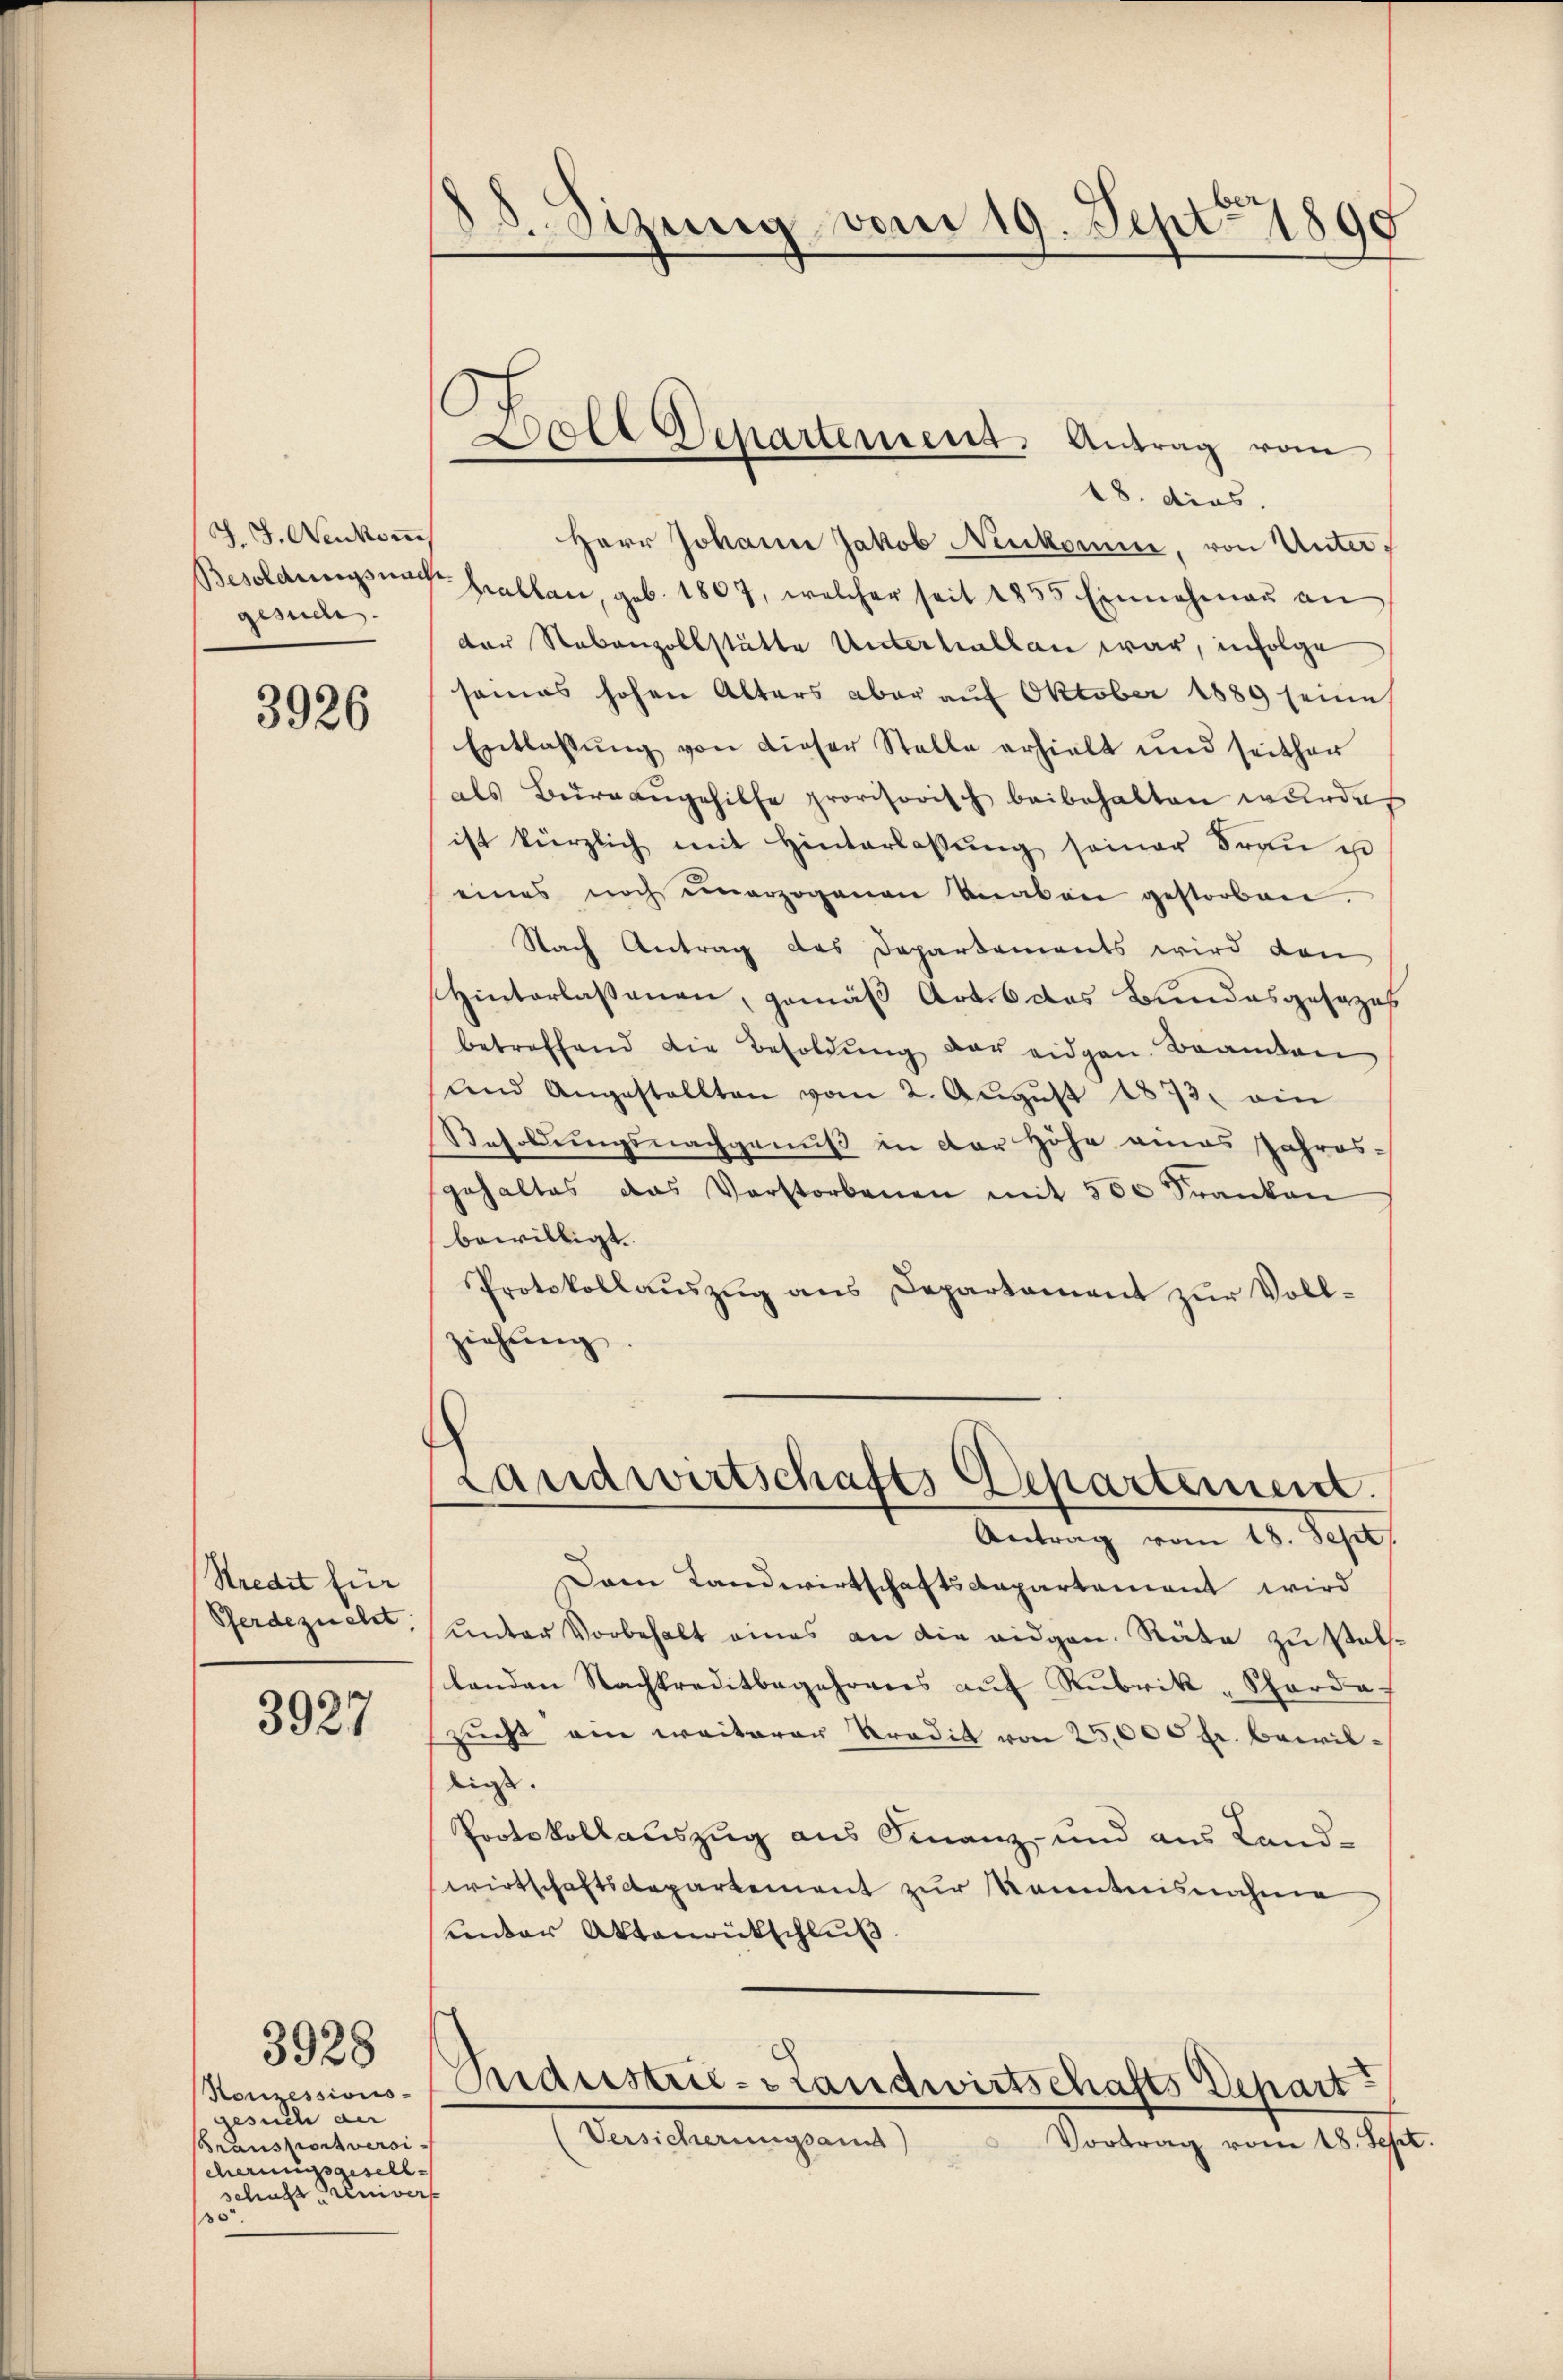
J. J. Neukomm
Besoldungs nach
gesuch

3926

Stredit für
Pferdezucht,

3927

Konzessions-
such der
Bransportversi-
cherung sellselrecht einer
30

3928

38. Sizung vom 19. Sept. 1890

Doll Departement. Antrag vom

18. dies,
Herr Johann Jakob Neukomme, von Unter¬
Kallan, geb. 1807, welcher seit 1855 Einnahmen an
der Nebenzollstätte Unterhallen war, infolge
seines hohen Alters aber auf Oktober 1889 seine
Entlassŭng von dieser Stelle erhielt und seithen
als Bureangehilfe provisorisch beibehalten wurde
ist kürzlich mit Hinterlassŭng seiner Fraŭ u
eines noch einerzogenen Knaben gestorben.
Nach Antrag des Departements wird den
Hinterlassenen, gemäß Art. 6 das Bundesgesezes
betreffend die Besoldŭng der eidgen. Beamten
uend Angestellten vom 2. Aŭgŭst 1873. ein
Resoldungsnachgenuß in der Höhe eines Jahres-
gehaltes das Verstorbenen mit 500 Franken
bewilligt.
Protokollauszug aus Departament zur Vollziehung
Landwirtschafts Departement.
Antrag vom 18. Sept.
Dem Landwirtschaftsdepartement wird
unter Vorbehalt eines an die eidgen. Räte zu stellenden Nachkreditbegehrens aŭf Rubrik „Scharda
zucht am weiterer Kredit von 25,000 fr. bewilliess. |
Protokollauszug aus Finanz- und aus Landwirtschaftsdepartement zur Kenntnisnahme
unter Aktenrütschluß.
Bedustrie-Landwirtschafts Depart
Versicherungsans
Vortrag vom 18. Sep

.